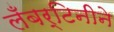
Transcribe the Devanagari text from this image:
लँबर्टिनीने